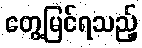
တွေ့မြင်ရသည့်